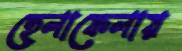
হেলাফেলায়